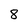
Character: 8